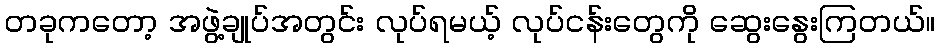
တခုကတော့ အဖွဲ့ချုပ်အတွင်း လုပ်ရမယ့် လုပ်ငန်းတွေကို ဆွေးနွေးကြတယ်။